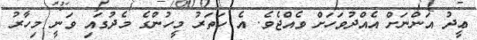
ޢީދު އަންނަށް އެއްދުވަހަށް ވެއްޖެވެ. އެ ހަތަރު މީހުންގެ މެދުގައި ވަނީ މިހާރު